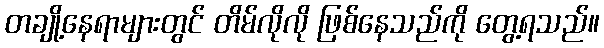
တချို့နေရာများတွင် တိမ်လိုလို ဖြစ်နေသည်ကို တွေ့ရသည်။